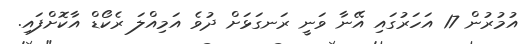
އުމުރުން 17 އަހަރުގައި އޭނާ ވަނީ ރަނގަޅަށް ދުވެެ އަމިއްލަ ރެކޯޑް އާކޮށްފައި.